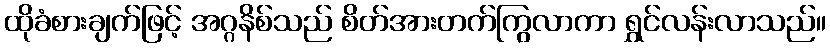
ထိုခံစားချက်ဖြင့် အဂ္ဂနိစ်သည် စိတ်အားတက်ကြွလာကာ ရွှင်လန်းလာသည်။